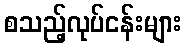
စသည့်လုပ်ငန်းများ